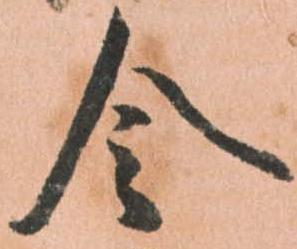
令